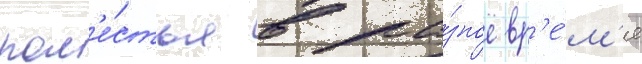
пом'е́стья в ра́зное вр'е́м'я